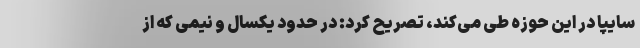
سایپا در این حوزه طی می‌کند، تصریح کرد: در حدود یکسال و نیمی که از